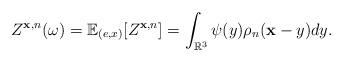
LaTeX: \begin{align*} Z^{\mathbf{x},n} (\omega) =\mathbb{E}_{(e,x)} [ Z^{\mathbf{x},n} ]= \int_{\mathbb R^3} \psi(y ) \rho_n(\mathbf{x} -y)dy.\end{align*}